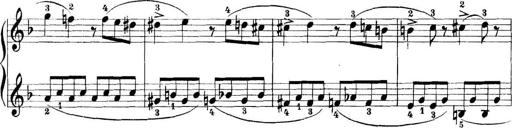
Title: 11 Sonatinas
Composer: Anton Diabelli